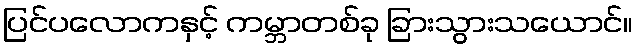
ပြင်ပလောကနှင့် ကမ္ဘာတစ်ခု ခြားသွားသယောင်။